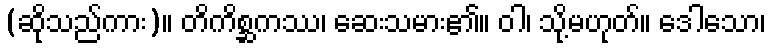
(ဆိုသည်ကား)။ တိကိစ္ဆကဿ၊ ဆေးသမား၏။ ဝါ၊ သို့မဟုတ်။ ဒေါသော၊